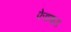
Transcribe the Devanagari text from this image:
फेडणारा